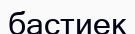
бастиек